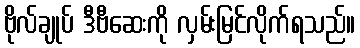
ဗိုလ်ချုပ် ဒီဗီဆေးကို လှမ်းမြင်လိုက်ရသည်။